King Institute of Preventive Medicine Micro-Biological Section reports 1912-19
Year: 1912
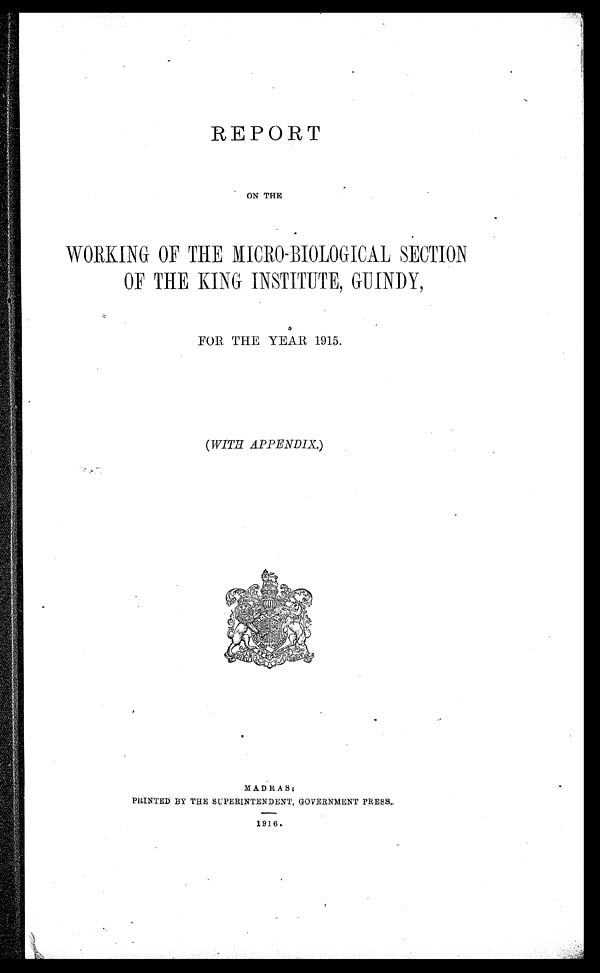
REPORT
ON THE
WORKING OF THE MICRO-BIOLOGICAL SECTION
OF THE KING INSTITUTE, GUINDY,
FOR THE YEAR 1915.
( WITH APPENDIX. )
MADRAS:
PRINTED BY THE SUPERINTENDENT, GOVERNMENT PRESS.
1916.